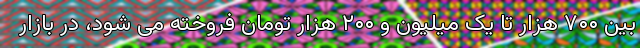
بین ۷۰۰ هزار تا یک میلیون و ۲۰۰ هزار تومان فروخته می شود، در بازار